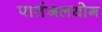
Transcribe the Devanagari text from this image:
पातंजलयोग